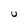
Character: U